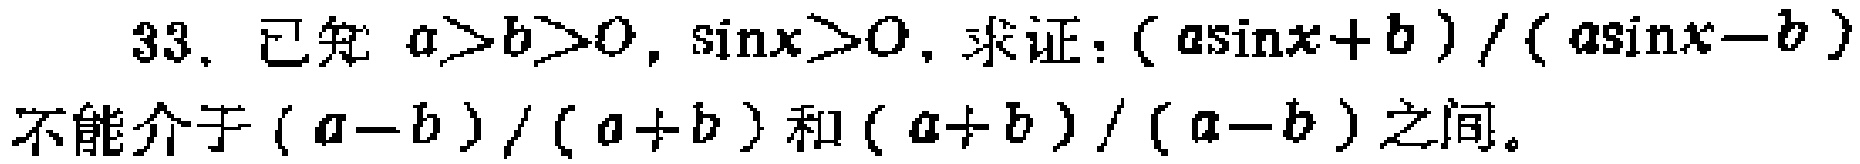
33. 已知 \(a > b > 0\)，\(\sin x>0\)，求证：\(\frac{a\sin x + b}{a\sin x - b}\)不能介于\(\frac{a - b}{a + b}\)和\(\frac{a + b}{a - b}\)之间。